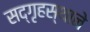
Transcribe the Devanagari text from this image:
सद्‌गृहस्थाने